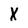
Character: X